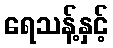
ရေသန့်နှင့်